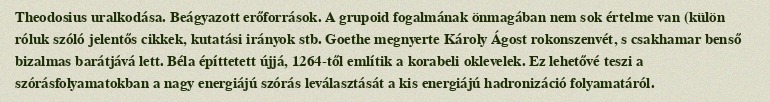
Theodosius uralkodása. Beágyazott erőforrások. A grupoid fogalmának önmagában nem sok értelme van (külön róluk szóló jelentős cikkek, kutatási irányok stb. Goethe megnyerte Károly Ágost rokonszenvét, s csakhamar benső bizalmas barátjává lett. Béla építtetett újjá, 1264-től említik a korabeli oklevelek. Ez lehetővé teszi a szórásfolyamatokban a nagy energiájú szórás leválasztását a kis energiájú hadronizáció folyamatáról.